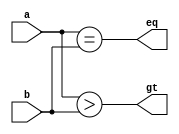
/*
================================
Homework #1 Starter Code
ECE 508 WKSP:  Verilog Workshop
by Roy Kravitz (24-Sep-2017)
================================
*/

// compare.v - compares two unsigned numbers 
//
// Roy Kravitz
// 24-Sep-2016
//
// Description:
// ------------
// Compares two unsigned numbers and signals whether the first number (a) is
// greater than and/or equal to the second (b).  a < b would be indicated as
//    assign lt = ~gt * ~eq
//
// There is a single parameter SIZE (default 4 bits) that can be used
// to specify the size of the compare.  Any numbers that require more
// bits than SIZE will be truncated
//
module compare
#(
	parameter SIZE = 4
)
(
	input	[SIZE-1:0]	a,			// number to compare
	input	[SIZE-1:0]	b,			// number to compare against
	output				gt,			// asserted high if a > b, low otherwise
	output				eq			// asserted high if a == b, low otherwise
);

assign gt = a > b;
assign eq = a == b;

endmodule


// mux2to1_nbits.v - parameterized 2:1 multiplexer
//
// Roy Kravitz
// 24-Sep-2016
//
// Description:
// ------------
// Implements a 2:1 multiplexer.  The single parameter SIZE (default 4 bits) that can be used
// to specify the size of the multiplexer inputs and outputs
//
module mux2to1_nbits
#(
	parameter SIZE = 4
)
(
	input	[SIZE-1:0]	a,			// number to compare
	input	[SIZE-1:0]	b,			// number to compare against
	input				sel,		// selects a if asserted high, b if asserted low
	output	[SIZE-1:0]	out			// multiplexer output
);

assign out = sel ? a : b;

endmodule


// fulladd.v - one bit full adder using Verilog gate-level modeling
//
// <your name>
// <date>
//
// Description:
// ------------
// <your description of what the module does>
//
module fulladd (
	input	a, b,
	input	ci,
	output	s,
	output	co
);

// <your code>

endmodule


// fulladd4.v - 4-bit binary adder
//
// <your name>
// <date>
//
// Description:
// ------------
// <your description of what the module does>
//
module fulladd4 (
	input	[3:0]	a, b,
	input			c_in,
	output	[3:0]	s,
	output			c_out
);

// <your code>

endmodule